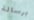
برسالة